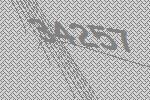
34257